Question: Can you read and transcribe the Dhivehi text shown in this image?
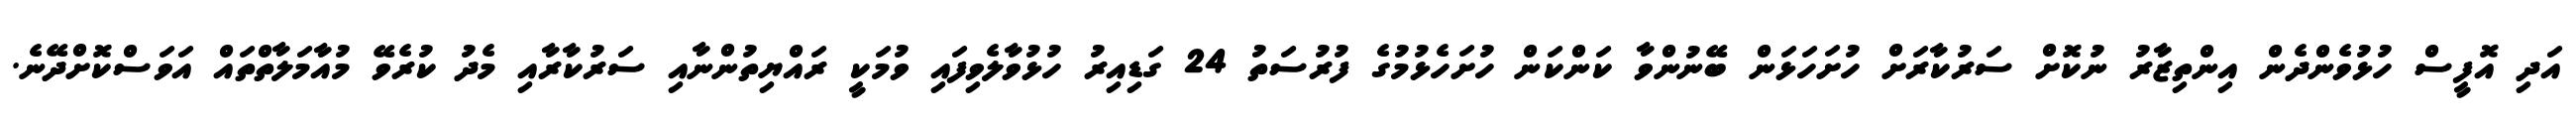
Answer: އަދި އޮފީސް ހުޅުވެންދެން އިންތިޒާރު ނުކޮށް ސަރުކާރަށް ހުށަހަޅަން ބޭނުންވާ ކަންކަން ހުށަހެޅުމުގެ ފުރުސަތު 24 ގަޑިއިރު ހުޅުވާލެވިފައި ވުމަކީ ރައްޔިތުންނާއި ސަރުކާރާއި މެދު ކުރެވޭ މުއާމަލާތްތައް އަވަސްކޮށްދޭނެ.